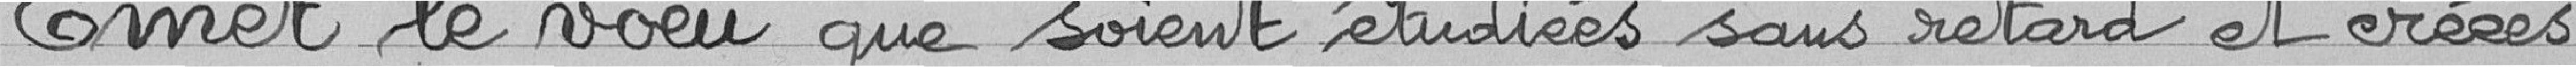
Emet le voeu que soient étudiées sans retard et créées